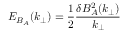
E _ { B _ { A } } ( k _ { \perp } ) = \frac { 1 } { 2 } \frac { \delta B _ { A } ^ { 2 } ( k _ { \perp } ) } { k _ { \perp } }